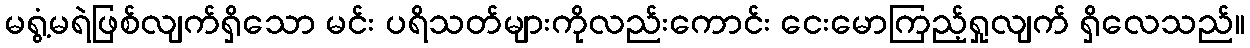
မရွံ့မရဲဖြစ်လျက်ရှိသော မင်း ပရိသတ်များကိုလည်းကောင်း ငေးမောကြည့်ရှုလျက် ရှိလေသည်။